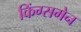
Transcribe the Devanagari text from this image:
किंग्समेन